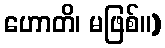
ဟောတိ၊ မဖြစ်။)